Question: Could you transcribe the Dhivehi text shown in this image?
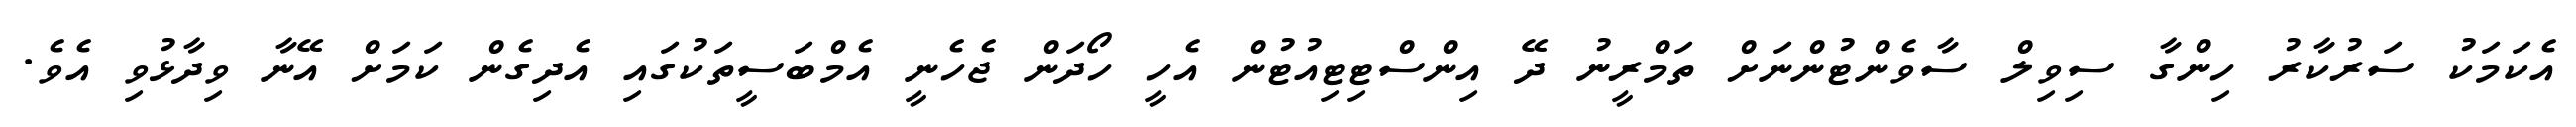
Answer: އެކަމަކު ސަރުކާރު ހިންގާ ސިވިލް ސާވެންޓުންނަށް ތަމްރީނު ދޭ އިންސްޓިޓިއުޓުން އެހީ ހޯދަން ޖެހެނީ އެމްބަސީތަކުގައި އެދިގެން ކަމަށް އޭނާ ވިދާޅުވި އެވެ.